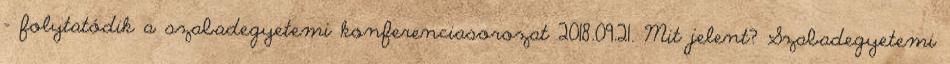
– folytatódik a szabadegyetemi konferenciasorozat 2018.09.21. Mit jelent? Szabadegyetemi